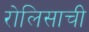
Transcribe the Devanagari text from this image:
रोलिसाची